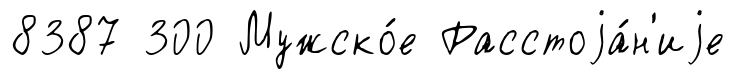
8387 300 Мужско́е Расстоjа́н'иjе